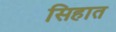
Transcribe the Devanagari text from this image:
सिहात